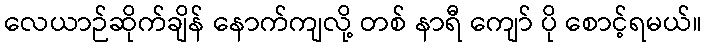
လေယာဉ်ဆိုက်ချိန် နောက်ကျလို့ တစ် နာရီ ကျော် ပို စောင့်ရမယ်။